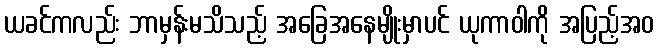
ယခင်ကလည်း ဘာမှန်းမသိသည့် အခြေအနေမျိုးမှာပင် ယုကာဝါကို အပြည့်အဝ